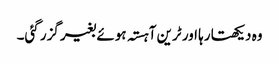
وہ دیکھتا رہا اور ٹرین آہستہ ہوئے بغیر گزر گئی۔